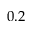
0 . 2